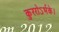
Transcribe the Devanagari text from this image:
कुररोऽर्भके।